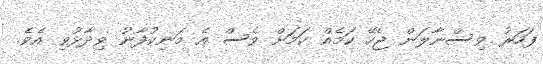
ފަހަރު ވިސްނާލަން ޖެހޭ ކަމެއް ކަމަށް ވެސް އެ މަނިކުފާނު ވިދާޅުވި އެވެ.